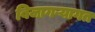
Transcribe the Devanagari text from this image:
बिजागऱ्यागत